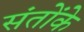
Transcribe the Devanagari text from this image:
संतोंके